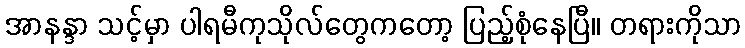
အာနန္ဒာ သင့်မှာ ပါရမီကုသိုလ်တွေကတော့ ပြည့်စုံနေပြီ။ တရားကိုသာ